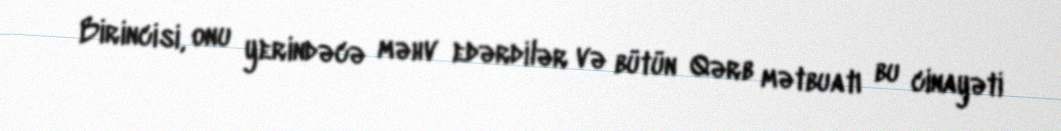
Birincisi, onu yerindəcə məhv edərdilər və bütün Qərb mətbuatı bu cinayəti